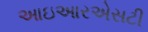
આઇઆરએસટી